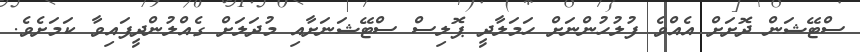
ސްޓޭޝަން ދޮށަށް އެއްވެ ފުލުހުންނަށް ހަމަލާދީ ޕޮލިސް ސްޓޭޝަނަށާއި މުދަލަށް ގެއްލުންދީފައިވާ ކަމަށެވެ.